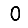
Digit: 0